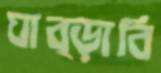
ঘাব্‌ড়াবি